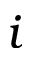
i